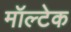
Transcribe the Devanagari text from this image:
मॉल्टेक